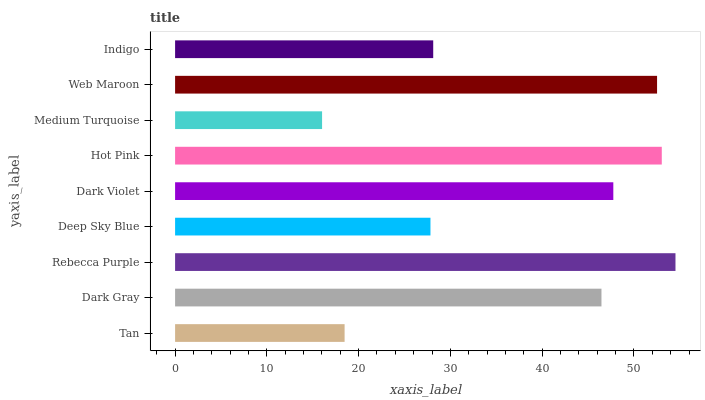
| yaxis_label | bars |
 | --- | --- |
 | Tan | 18.5 |
 | Dark Gray | 46.5 |
 | Rebecca Purple | 54.5 |
 | Deep Sky Blue | 27.8 |
 | Dark Violet | 47.8 |
 | Hot Pink | 53 |
 | Medium Turquoise | 16 |
 | Web Maroon | 52.5 |
 | Indigo | 28.1 |